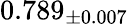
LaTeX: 0.789_{\pm 0.007}